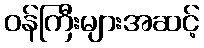
ဝန်ကြီးများအဆင့်